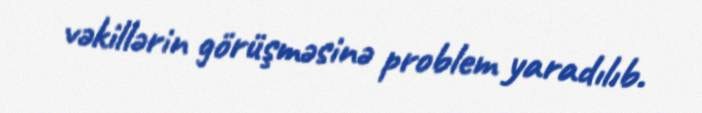
vəkillərin görüşməsinə problem yaradılıb.